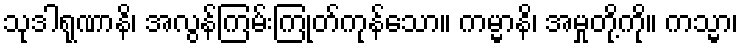
သုဒါရုဏာနိ၊ အလွန်ကြမ်းကြုတ်ကုန်သော။ ကမ္မာနိ၊ အမှုတို့ကို။ ကသ္မာ၊